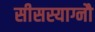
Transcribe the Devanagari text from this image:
सीसस्याग्नौ